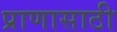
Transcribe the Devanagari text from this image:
प्राणासाठी